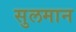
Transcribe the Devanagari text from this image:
सुलमान